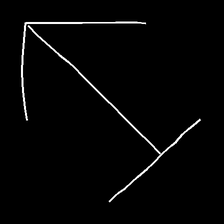
Glyph: levitation